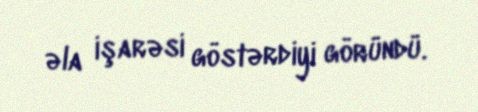
əla işarəsi göstərdiyi göründü.